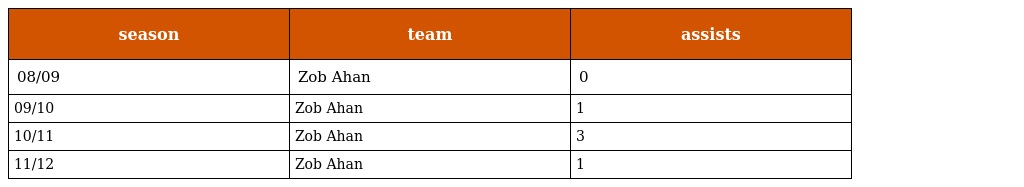
| season | team | assists |
 | --- | --- | --- |
 | 08/09 | Zob Ahan | 0 |
 | 09/10 | Zob Ahan | 1 |
 | 10/11 | Zob Ahan | 3 |
 | 11/12 | Zob Ahan | 1 |